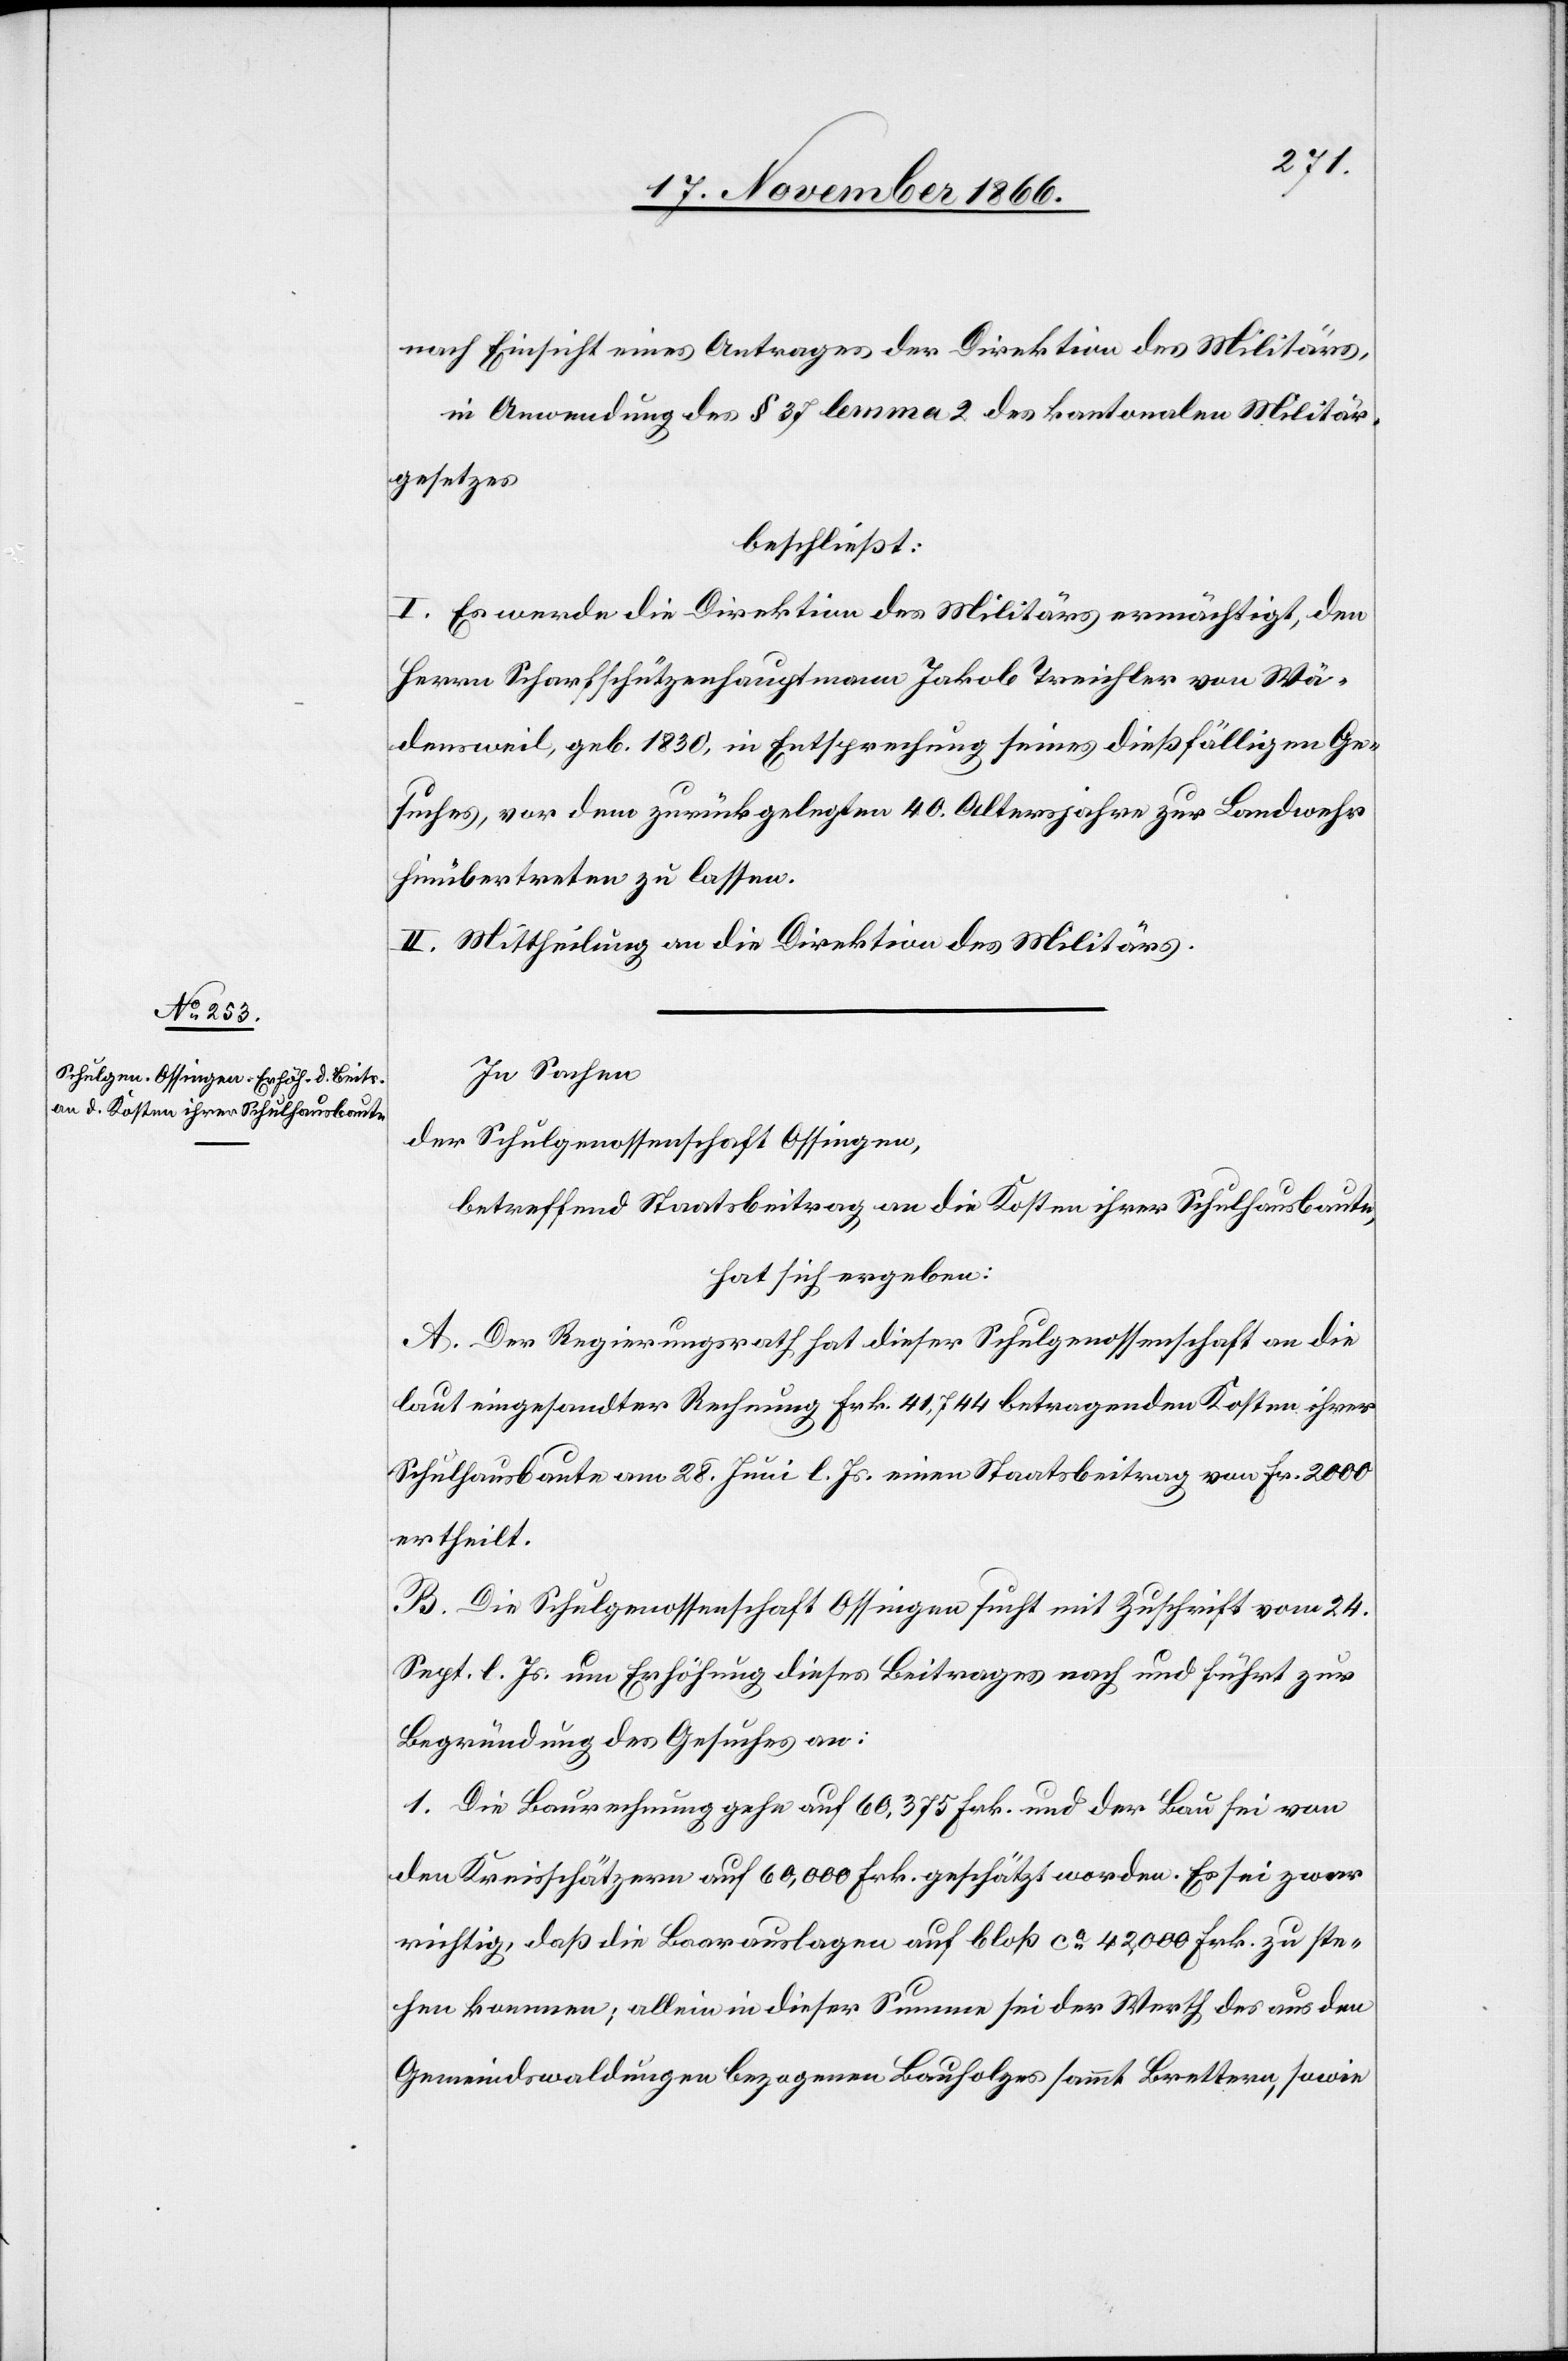
nach Einsicht eines Antrages der Direktion des Militärs,
in Anwendung des § 37 lemma 2 des kantonalen Militär¬
gesetzes
beschließt:
I. Es werde die Direktion des Militärs ermächtigt, den
Herrn Scharfschützenhauptmann Jakob Treichler von Wä¬
densweil, geb. 1830, in Entsprechung seines dießfälligen Ge¬
suches, vor dem zurückgelegten 40. Altersjahre zur Landwehr
hinübertreten zu lassen.
II. Mittheilung an die Direktion des Militärs.
In Sachen
der Schulgenossenschaft Ossingen,
betreffend Staatsbeitrag an die Kosten ihrer Schulhausbaute,
hat sich ergeben:
A. Der Regierungsrath hat dieser Schulgenossenschaft an die
laut eingesandter Rechnung Frk. 41 744 betragenden Kosten ihrer
Schulhausbaute am 28. Juni l. Js. einen Staatsbeitrag von Fr. 2000
ertheilt.
B. Die Schulgenossenschaft Ossingen sucht mit Zuschrift vom 24.
Sept. l. Js. um Erhöhung dieses Beitrages nach und führt zur
Begründung des Gesuches an:
1. Die Baurechnung gehe auf 60 375 Frk. und der Bau sei von
den Kreisschätzern auf 60 000 Frk. geschätzt worden. Es sei zwar
richtig, daß die Baarauslagen auf bloß ca. 42 000 Frk. zu ste¬
hen kommen; allein in dieser Summe sei der Werth des aus den
Gemeindswaldungen bezogenen Bauholzes sammt Brettern, sowie